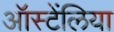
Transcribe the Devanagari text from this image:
ऑस्टेंलिया